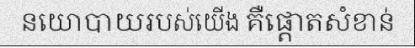
នយោបាយរបស់យើង គឺផ្តោតសំខាន់